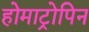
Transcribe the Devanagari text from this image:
होमाट्रोपिन